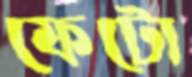
ফেটো